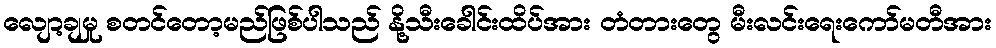
လျော့ချမှု စတင်တော့မည်ဖြစ်ပါသည် နို့သီးခေါင်းထိပ်အား တံတားတွေ မီးလင်းရေးကော်မတီအား